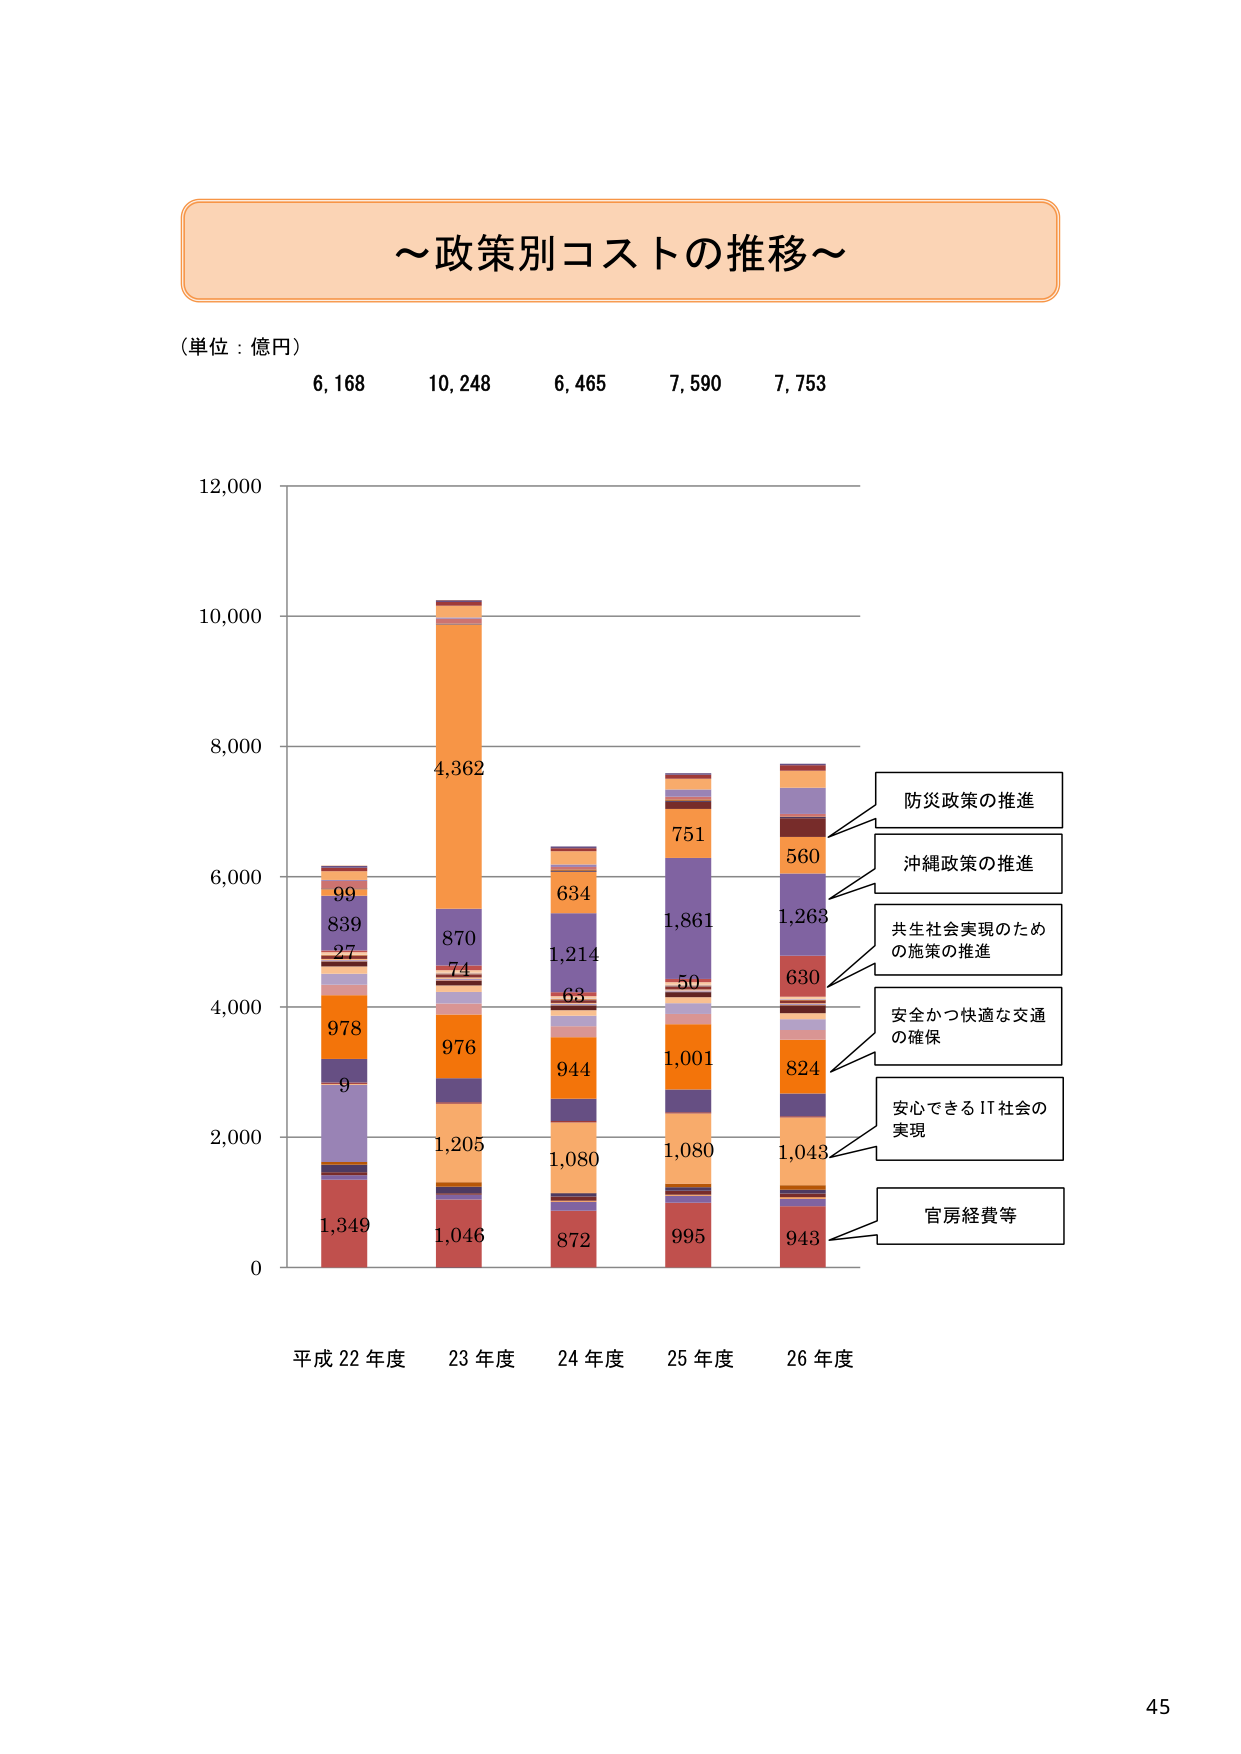
～政策別コストの推移～

（単位：億円）

6,168　10,248　6,465　7,590　7,753

12,000

10,000

8,000

6,000

4,000

2,000

0

平成22年度　23年度　24年度　25年度　26年度

防災政策の推進

沖縄政策の推進

共生社会実現のため
の施策の推進

安全かつ快適な交通
の確保

安心できるIT社会の
実現

官房経費等

99
839
27
978
9
1,349

4,362
870
74
976
1,205
1,046

634
1,214
63
944
1,080
872

751
1,861
50
1,001
1,080
995

560
1,263
630
824
1,043
943

45